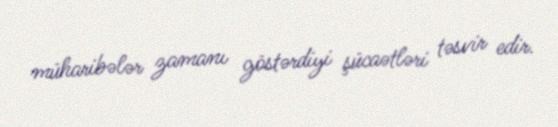
müharibələr zamanı göstərdiyi şücaətləri təsvir edir.